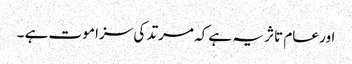
اور عام تاثر یہ ہے کہ مرتد کی سزا موت ہے ۔